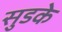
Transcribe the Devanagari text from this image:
सुडके